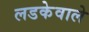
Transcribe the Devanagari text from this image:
लडकेवाले